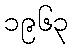
၁၉၆၃